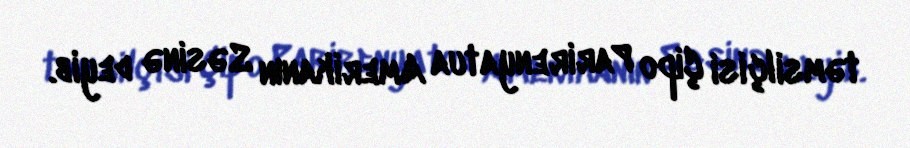
təmsilçisi Çipo Parirenyatua Amerikanın Səsinə deyib.